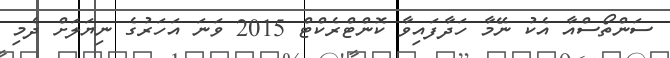
ސަންތޯސްއާ އެކު ނޭމާ ހަދާފައިވާ ކޮންޓްރެކްޓް 2015 ވަނަ އަހަރުގެ ނިޔަލަށް ދެމި